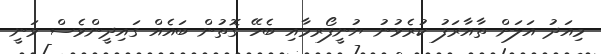
މިއަދު އަލަށް ތާއާރަފު ކުރެވުނު ޔުނީފޯރމާއި ބެހޭ ގޮތުން ބައެއް ގައިދީންވެސް ވަނީ